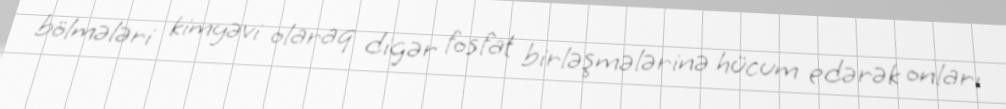
bölmələri kimyəvi olaraq digər fosfat birləşmələrinə hücum edərək onları